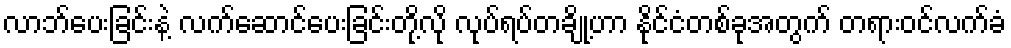
လာဘ်ပေးခြင်းနဲ့ လက်ဆောင်ပေးခြင်းတို့လို လုပ်ရပ်တချို့ဟာ နိုင်ငံတစ်ခုအတွက် တရားဝင်လက်ခံ